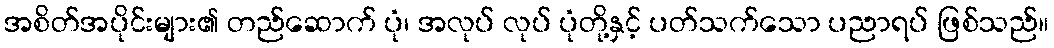
အစိတ်အပိုင်းများ၏ တည်ဆောက် ပုံ၊ အလုပ် လုပ် ပုံတို့နှင့် ပတ်သက်သော ပညာရပ် ဖြစ်သည်။